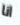
انا